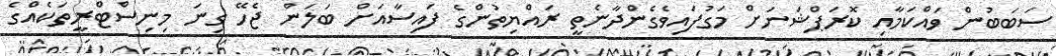
ސަބަބުން ވައްކަމާއި ކޮރަޕްޝަނަށް މަގުފައިވެގެންދާނެތީ ރައްޔިތުންގެ ފައިސާއަށް ބަލަން ޖެހޭ ގިނަ މިނިސްޓްރީތަކެއްގެ